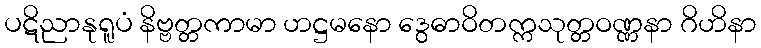
ပဋိညာနုရူပံ နိဗ္ဗတ္တကာမာ ဟဋ္ဌမနော ဒွေဓာဝိတက္ကသုတ္တဝဏ္ဏနာ ဂိဟိနာ